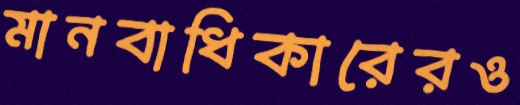
মানবাধিকারেরও